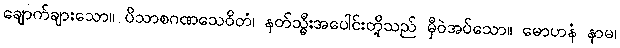
ချောက်ချားသော။ ပိသာစဂဏသေဝိတံ၊ နတ်သ္မီးအပေါင်းတို့သည် မှီဝဲအပ်သော။ မောဟနံ နာမ၊